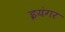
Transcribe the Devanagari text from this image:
इयंगर